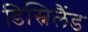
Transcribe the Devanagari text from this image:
डिस्निलैंड